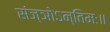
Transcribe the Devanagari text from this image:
संज्ञोऽन्तिमः॥